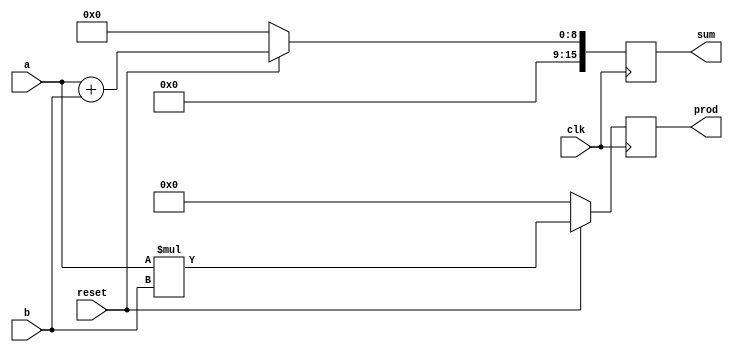
`timescale 1ns / 1ps

module gg_my_IP(
    input [7:0] a,
    input [7:0] b,
    input clk,
    input reset,
    output reg [15:0] sum,
    output reg [15:0] prod
    );

//

always @ (posedge clk)
	begin
		if (!reset)
			begin
				sum <= 0;
				prod <= 0;
			end
		else
			begin
				sum <= a+b;
				prod <= a*b;
			end
	end

endmodule